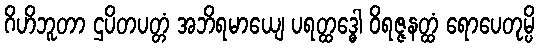
ဂိဟိဘူတာ ဌပိတပတ္တံ အဘိရမာယျေ ပရတ္ထဒ္ဓေါ ဝိရဇ္ဇနတ္ထံ ရောပေတုမ္ပိ